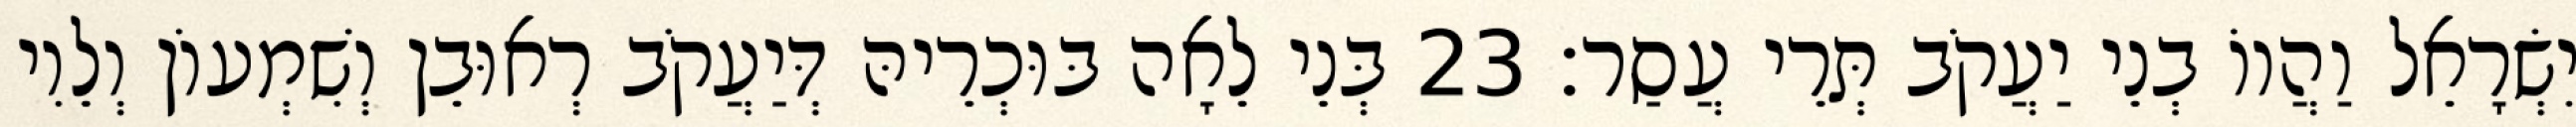
יִשְׂרָאֵל וַהֲווֹ בְנֵי יַעֲקֹב תְּרֵי עֲסַר׃ 23 בְּנֵי לֵאָה בּוּכְרֵיהּ דְּיַעֲקֹב רְאוּבֵן וְשִׁמְעוֹן וְלֵוִי